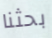
بحثنا